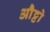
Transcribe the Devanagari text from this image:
औट्टो